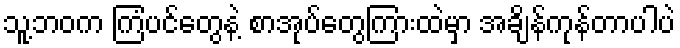
သူ့ဘဝက ကြံပင်တွေနဲ့ စာအုပ်တွေကြားထဲမှာ အချိန်ကုန်တာပါပဲ